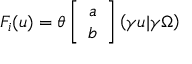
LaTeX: F _ { i } ( u ) = \theta \left[ \begin{array} { c } { { a } } \\ { { b } } \end{array} \right] \left( \gamma u | \gamma \Omega \right)